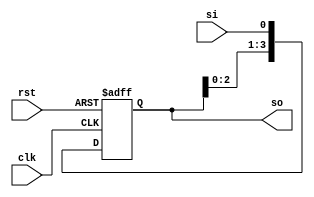
module sipo(si,so,clk,rst);
input si,clk,rst;
output reg [3:0] so;
always @ (posedge clk or negedge rst)
begin
    if (rst==0)
        so=4'b0000;
    else
    begin
        so[0]<=si;
        so[1]<=so[0];
        so[2]<=so[1];
        so[3]<=so[2];
    end
end
endmodule